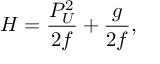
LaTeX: H = { \frac { P _ { U } ^ { 2 } } { 2 f } } + { \frac { g } { 2 f } } ,